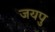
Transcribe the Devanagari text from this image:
जयपु